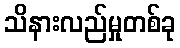
သိနားလည်မှုတစ်ခု